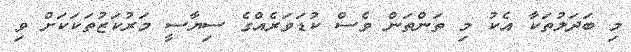
މި ބަދަލުތަކާ އެކު މި ތަންތަން ވެސް ކުޑަވަރެއްގެ ސިޔާސީ މަރުކަޒުތަކަކަށް ވި